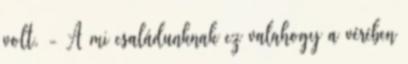
volt. - A mi családunknak ez valahogy a vérében